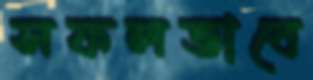
সফলভাবে